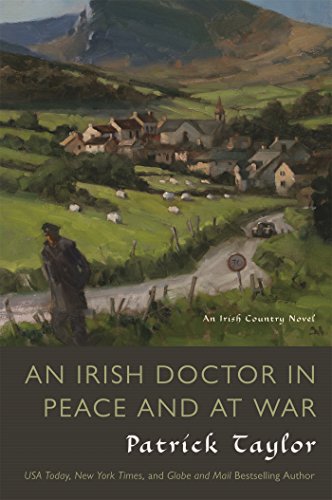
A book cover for An Irish Doctor in Peace and at War: An Irish Country Novel (Irish Country Books); Patrick Taylor; Mystery, Thriller & Suspense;